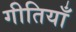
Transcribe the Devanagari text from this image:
गीतियाँ